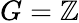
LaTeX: G=\mathbb{Z}